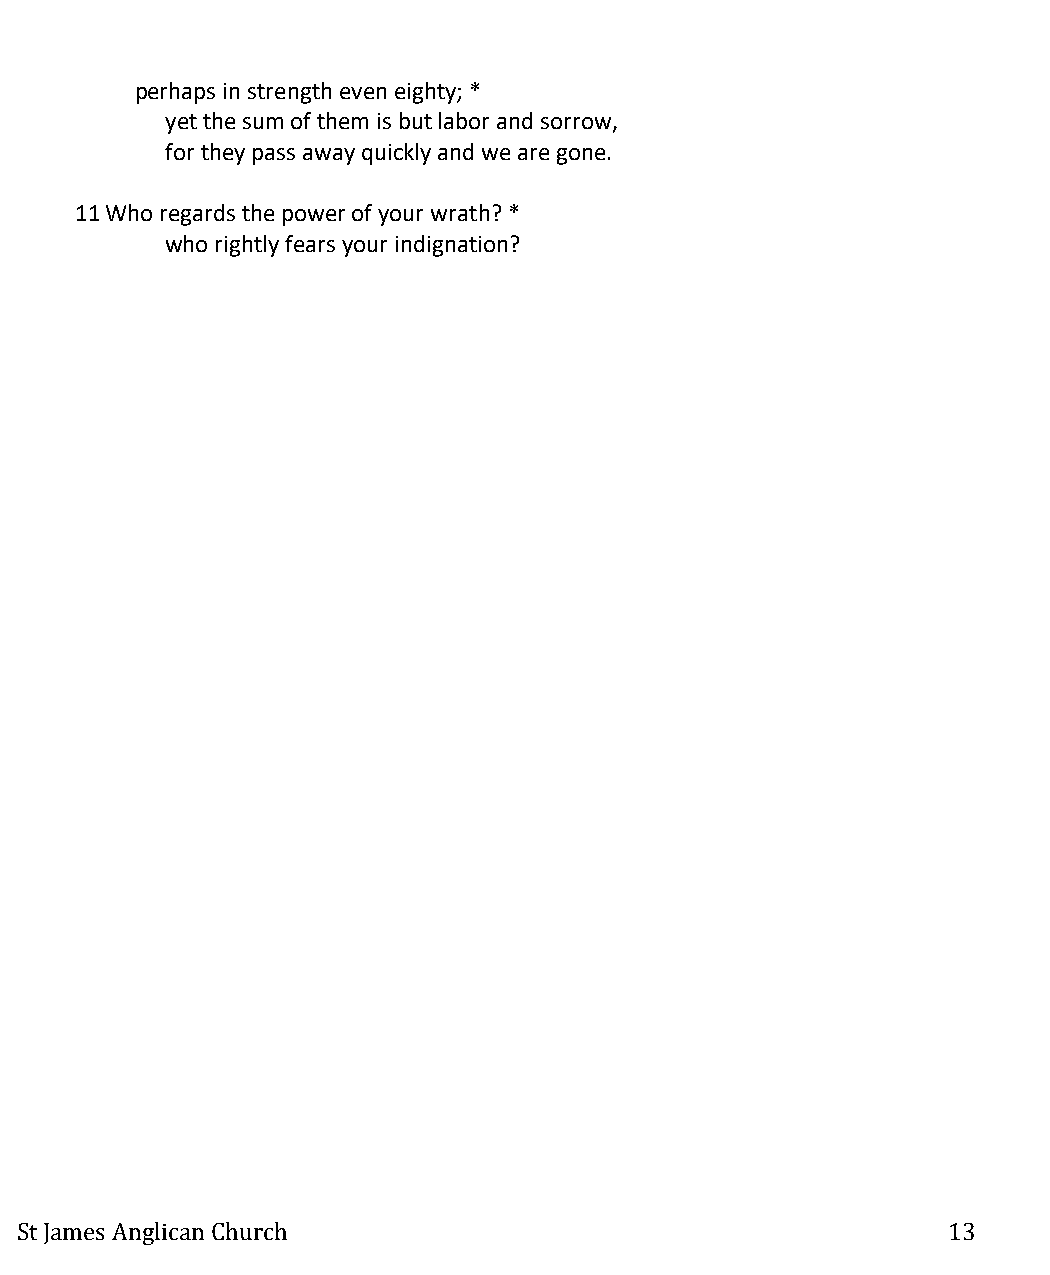
perhaps in strength even eighty; *
 yet the sum of them is but labor and sorrow,
 for they pass away quickly and we are gone.
 11 Who regards the power of your wrath? *
 who rightly fears your indignation?
 St James Anglican Church                                      13